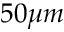
5 0 \mu m